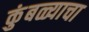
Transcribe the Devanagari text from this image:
कुंबळ्याचा